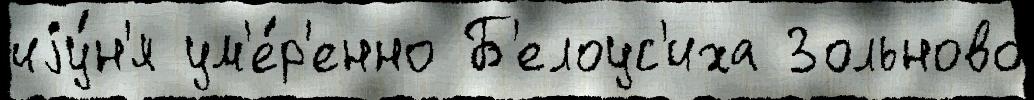
иjу́н'я ум'е́р'енно Б'елоус'иха Зольново